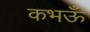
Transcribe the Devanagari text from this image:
कभऊँ